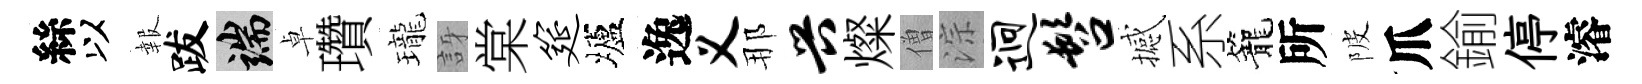
絲以報跋端卓瓚瓏訝棠筵壚逸义那兴燦僧淙迥髫撼系籠所陂爪鍮停濬